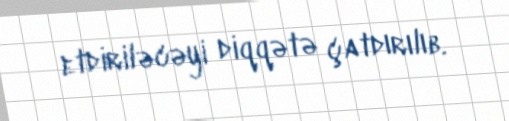
etdiriləcəyi diqqətə çatdırılıb.